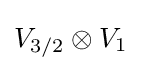
V_{3/2}\otimes V_{1}